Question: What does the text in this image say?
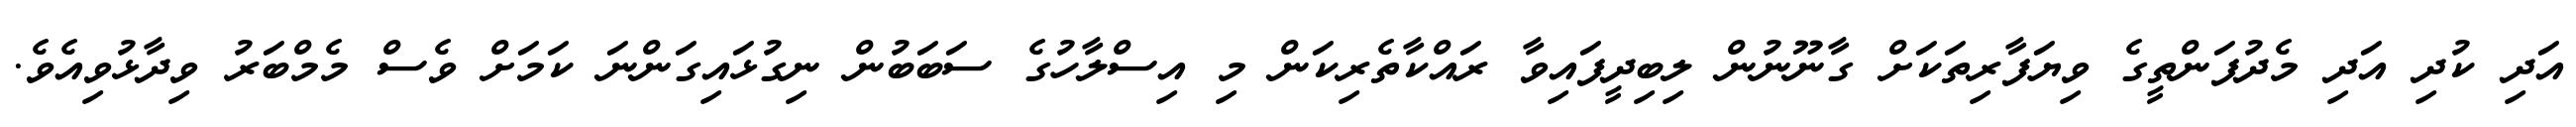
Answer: އަދި ކުދި އަދި މެދުފަންތީގެ ވިޔަފާރިތަކަށް ގާނޫނުން ލިބިދީފައިވާ ރައްކާތެރިކަން މި އިސްލާހުގެ ސަބަބުން ނިގުޅައިގަންނަ ކަމަށް ވެސް މެމްބަރު ވިދާޅުވިއެވެ.